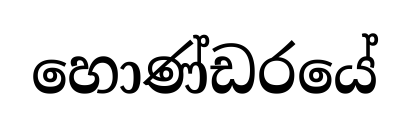
හොණ්ඩරයේ